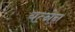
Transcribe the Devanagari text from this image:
यत्नेन